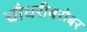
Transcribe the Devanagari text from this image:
चौधरीबरोबर